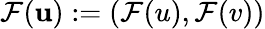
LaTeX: \mathcal{F}(\mathbf{u}):=(\mathcal{F}(u),\mathcal{F}(v))